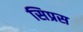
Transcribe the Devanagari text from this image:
सिप्रस